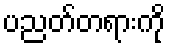
ပညတ်တရားကို